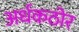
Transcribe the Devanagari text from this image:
अर्धकठोर